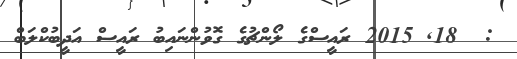
:  18